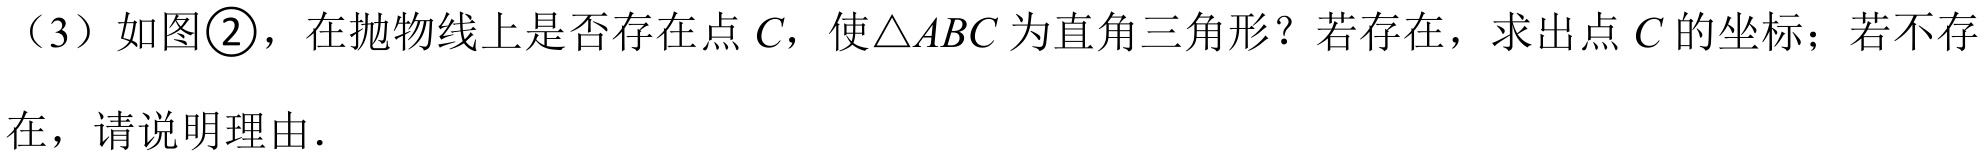
（3）如图\textcircled{2}，在抛物线上是否存在点\(C\)，使\(\triangle ABC\)为直角三角形？若存在，求出点\(C\)的坐标；若不存在，请说明理由．